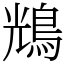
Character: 𪀯